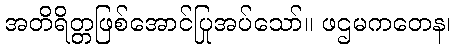
အတိရိတ္တဖြစ်အောင်ပြုအပ်သော်။ ဖဌမကတေန၊